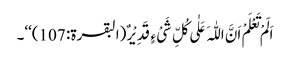
اَلَمْ تَعْلَمْ اَنَّ اللّٰہَ عَلٰی کُلِّ شَیْ ءٍ قَدِیْرٌ (البقرۃ: 107)‘‘۔